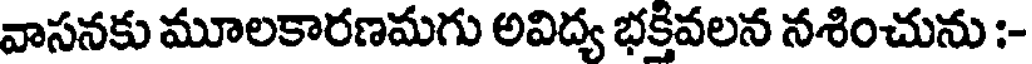
వాసనకు మూలకారణమగు అవిద్య భక్తివలన నశించును :-